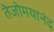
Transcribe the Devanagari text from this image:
तेजोमयानंद